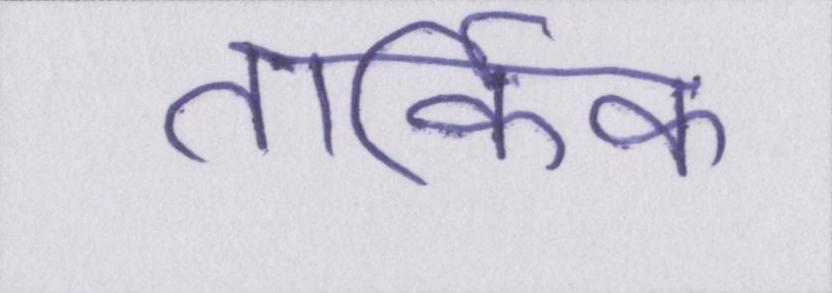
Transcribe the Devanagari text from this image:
तार्किक